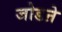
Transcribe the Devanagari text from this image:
जोडऩे